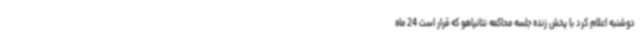
دوشنبه اعلام کرد با پخش زنده جلسه محاکمه نتانیاهو که قرار است 24 ماه